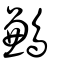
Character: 鶼